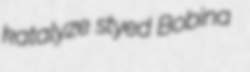
katalyze styed Bobina